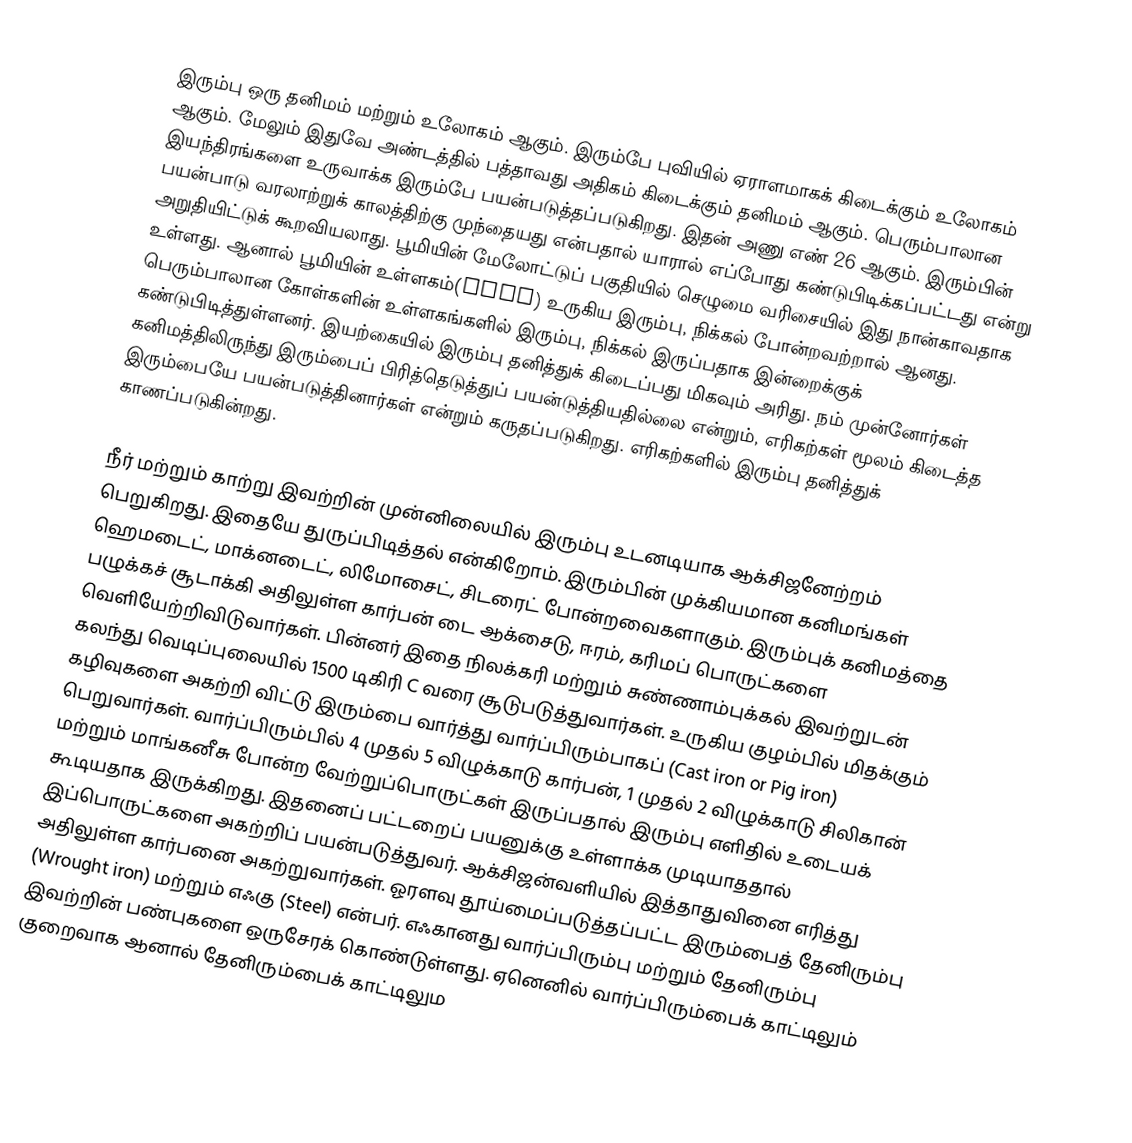
இரும்பு ஒரு தனிமம் மற்றும் உலோகம் ஆகும். இரும்பே புவியில் ஏராளமாகக் கிடைக்கும் உலோகம் ஆகும். மேலும் இதுவே அண்டத்தில் பத்தாவது அதிகம் கிடைக்கும் தனிமம் ஆகும். பெரும்பாலான இயந்திரங்களை உருவாக்க இரும்பே பயன்படுத்தப்படுகிறது. இதன் அணு எண் 26 ஆகும். இரும்பின் பயன்பாடு வரலாற்றுக் காலத்திற்கு முந்தையது என்பதால் யாரால் எப்போது கண்டுபிடிக்கப்பட்டது என்று அறுதியிட்டுக் கூறவியலாது. பூமியின் மேலோட்டுப் பகுதியில் செழுமை வரிசையில் இது நான்காவதாக உள்ளது. ஆனால் பூமியின் உள்ளகம்(Core) உருகிய இரும்பு, நிக்கல் போன்றவற்றால் ஆனது. பெரும்பாலான கோள்களின் உள்ளகங்களில் இரும்பு, நிக்கல் இருப்பதாக இன்றைக்குக் கண்டுபிடித்துள்ளனர். இயற்கையில் இரும்பு தனித்துக் கிடைப்பது மிகவும் அரிது. நம் முன்னோர்கள் கனிமத்திலிருந்து இரும்பைப் பிரித்தெடுத்துப் பயன்டுத்தியதில்லை என்றும், எரிகற்கள் மூலம் கிடைத்த இரும்பையே பயன்படுத்தினார்கள் என்றும் கருதப்படுகிறது. எரிகற்களில் இரும்பு தனித்துக் காணப்படுகின்றது.

நீர் மற்றும் காற்று இவற்றின் முன்னிலையில் இரும்பு உடனடியாக ஆக்சிஜனேற்றம் பெறுகிறது. இதையே துருப்பிடித்தல் என்கிறோம். இரும்பின் முக்கியமான கனிமங்கள் ஹெமடைட், மாக்னடைட், லிமோசைட், சிடரைட் போன்றவைகளாகும். இரும்புக் கனிமத்தை பழுக்கச் சூடாக்கி அதிலுள்ள கார்பன் டை ஆக்சைடு, ஈரம், கரிமப் பொருட்களை வெளியேற்றிவிடுவார்கள். பின்னர் இதை நிலக்கரி மற்றும் சுண்ணாம்புக்கல் இவற்றுடன் கலந்து வெடிப்புலையில் 1500 டிகிரி C வரை சூடுபடுத்துவார்கள். உருகிய குழம்பில் மிதக்கும் கழிவுகளை அகற்றி விட்டு இரும்பை வார்த்து வார்ப்பிரும்பாகப் (Cast iron or Pig iron) பெறுவார்கள். வார்ப்பிரும்பில் 4 முதல் 5 விழுக்காடு கார்பன், 1 முதல் 2 விழுக்காடு சிலிகான் மற்றும் மாங்கனீசு போன்ற வேற்றுப்பொருட்கள் இருப்பதால் இரும்பு எளிதில் உடையக் கூடியதாக இருக்கிறது. இதனைப் பட்டறைப் பயனுக்கு உள்ளாக்க முடியாததால் இப்பொருட்களை அகற்றிப் பயன்படுத்துவர். ஆக்சிஜன்வளியில் இத்தாதுவினை எரித்து அதிலுள்ள கார்பனை அகற்றுவார்கள். ஓரளவு தூய்மைப்படுத்தப்பட்ட இரும்பைத் தேனிரும்பு (Wrought iron) மற்றும் எஃகு (Steel) என்பர். எஃகானது வார்ப்பிரும்பு மற்றும் தேனிரும்பு இவற்றின் பண்புகளை ஒருசேரக் கொண்டுள்ளது. ஏனெனில் வார்ப்பிரும்பைக் காட்டிலும் குறைவாக ஆனால் தேனிரும்பைக் காட்டிலும